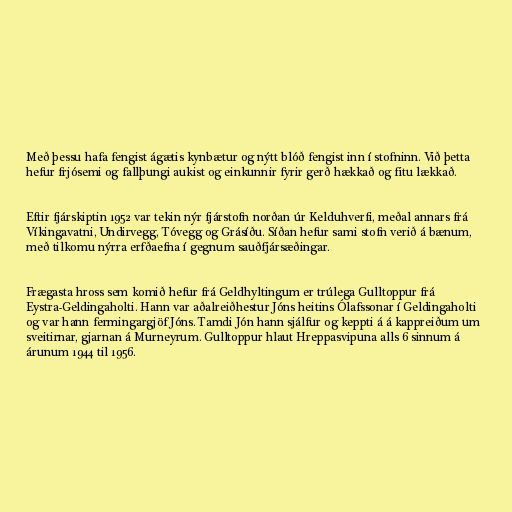
Með þessu hafa fengist ágætis kynbætur og nýtt blóð fengist inn í stofninn. Við þetta
hefur frjósemi og fallþungi aukist og einkunnir fyrir gerð hækkað og fitu lækkað.

Eftir fjárskiptin 1952 var tekin nýr fjárstofn norðan úr Kelduhverfi, meðal annars frá
Víkingavatni, Undirvegg, Tóvegg og Grásíðu. Síðan hefur sami stofn verið á bænum,
með tilkomu nýrra erfðaefna í gegnum sauðfjársæðingar.

Frægasta hross sem komið hefur frá Geldhyltingum er trúlega Gulltoppur frá
Eystra-Geldingaholti. Hann var aðalreiðhestur Jóns heitins Ólafssonar í Geldingaholti
og var hann fermingargjöf Jóns. Tamdi Jón hann sjálfur og keppti á á kappreiðum um
sveitirnar, gjarnan á Murneyrum. Gulltoppur hlaut Hreppasvipuna alls 6 sinnum á
árunum 1944 til 1956.